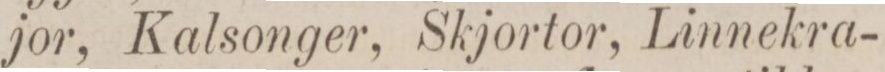
jor, Kalsonger, Skjortor, Linnekra-